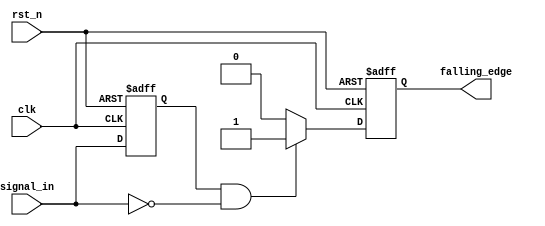
module FallingEdgeDetector (
    input wire clk,               // Clock input
    input wire rst_n,             // Asynchronous active-low reset
    input wire signal_in,         // Input signal to detect falling edge
    output reg falling_edge       // Output signal indicating falling edge
);

reg signal_in_prev;              // Memory element to store the previous state of signal_in

// Asynchronous reset and edge detection logic
always @(posedge clk or negedge rst_n) begin
    if (!rst_n) begin
        signal_in_prev <= 1'b1;   // Initialize the previous state to high
        falling_edge <= 1'b0;      // Initialize falling_edge to low
    end else begin
        // Edge detection logic
        falling_edge <= (signal_in_prev == 1'b1 && signal_in == 1'b0) ? 1'b1 : 1'b0;
        signal_in_prev <= signal_in; // Update previous state for next cycle
    end
end

endmodule